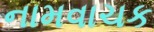
નામવાચક